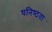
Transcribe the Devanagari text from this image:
घनिष्‍ठता